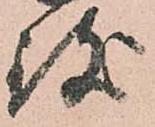
致